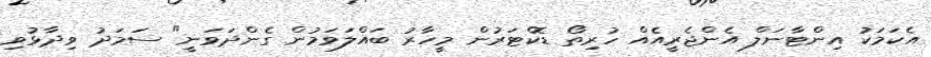
އެކަމަކު އިންޓާނަލް އެންޖެރީއެއް ހުރިތޯ ޑޮކްޓަރުން މީހާރު ބައްލަވަމުން ގެންދަވަނީ" ސަމަދު ވިދާޅުވި